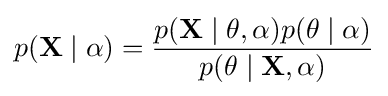
p(\mathbf {X} \mid \alpha )={\frac {p(\mathbf {X} \mid \theta ,\alpha )p(\theta \mid \alpha )}{p(\theta \mid \mathbf {X} ,\alpha )}}